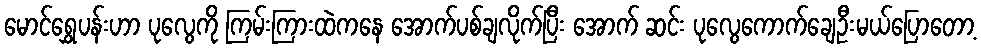
မောင်ရွှေပန်းဟာ ပုလွေကို ကြမ်းကြားထဲကနေ အောက်ပစ်ချလိုက်ပြီး အောက် ဆင်း ပုလွေကောက်ချေဦးမယ်ပြောတော့